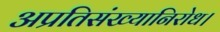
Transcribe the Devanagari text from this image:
अप्रतिसंख्यानिरोध।